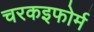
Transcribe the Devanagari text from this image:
चरकइफोर्म